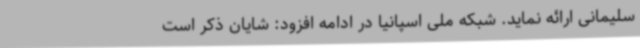
سلیمانی ارائه نماید. شبکه ملی اسپانیا در ادامه افزود: شایان ذکر است